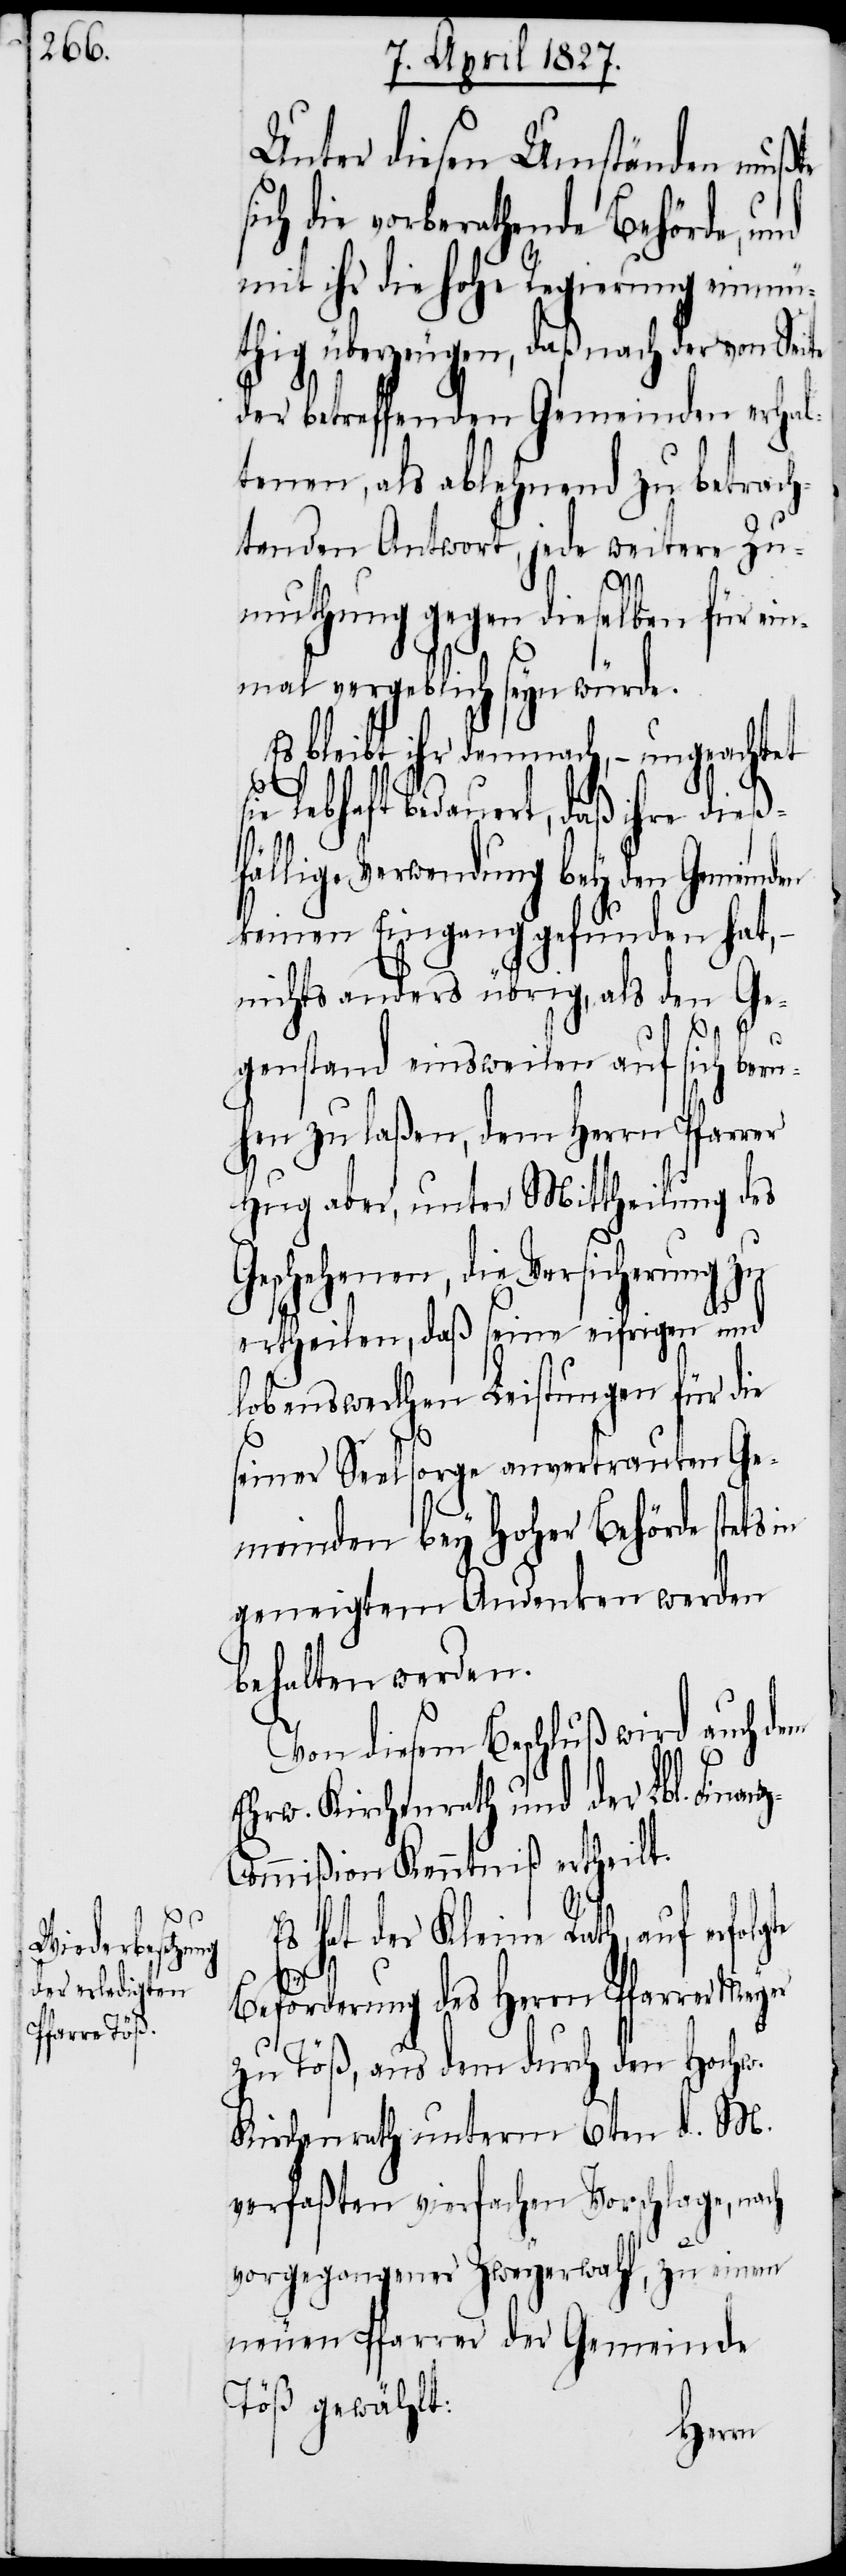
Unter diesen Umständen mußte
die vorberathende Behörde, und
mit ihr die hohe Regierung einmü¬
thig überzeugen, daß nach der von Seite
der betreffenden Gemeinden erhal¬
tenen, als ablehnend zu betrach¬
tenden Antwort, jede weitere Zu¬
muthung gegen dieselben für ein¬
mal vergeblich seyn würde.
Es bleibt ihr demnach, – ungeachtet
lebhaft bedauert, daß ihre dieß¬
fällige Verwendung bey den Gemeind¬
keinen Eingang gefunden hat, –
nichts anders übrig, als den Ge¬
genstand einsweilen auf sich beru¬
hen zu laßen, dem Herrn Pfarrer
Hug aber, unter Mittheilung des
Geschehenen, die Versicherung zu
ertheilen, daß seine eifrigen und
lobenswerthen Leistungen für die
seiner Seelsorge anvertrauten Ge¬
meinden bey Hoher Behörde stets in
geneigtem Andenken werden
behalten werden.
Von diesem Beschluß wird auch dem
Ehrw. Kirchenrath und der Lbl. Finan¬
ommißion Kenntniß ertheilt.
Es hat der Kleine Rath, auf erfolgte
z-C¬
Beförderung des Herrn Pfarrer Meyer
zu Töß, aus dem durch den Hochw.
Kirchenrath unterm 6ten d. M.
verfaßten vierfachen Vorschlage, nach
vorgegangener Zweyerwahl, zu einem
neuen Pfarrer der Gemeinde
Töß gewählt: